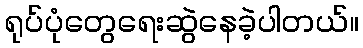
ရုပ်ပုံတွေရေးဆွဲနေခဲ့ပါတယ်။